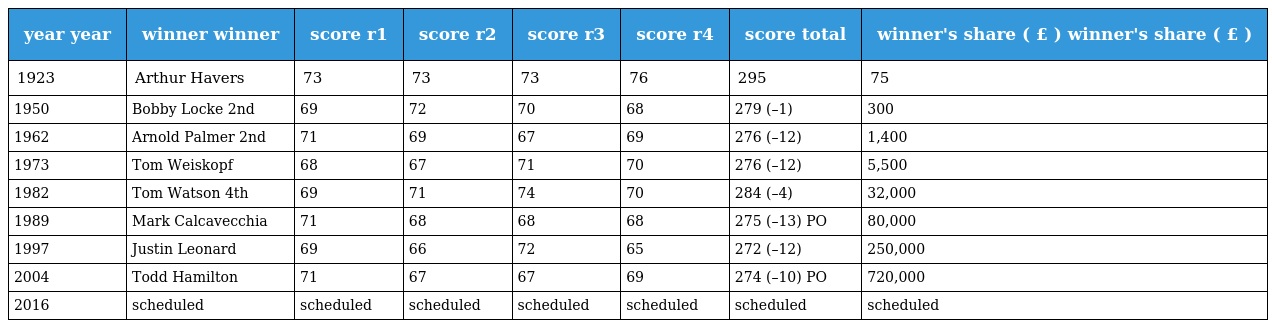
| year year | winner winner | score r1 | score r2 | score r3 | score r4 | score total | winner's share ( £ ) winner's share ( £ ) |
 | --- | --- | --- | --- | --- | --- | --- | --- |
 | 1923 | Arthur Havers | 73 | 73 | 73 | 76 | 295 | 75 |
 | 1950 | Bobby Locke 2nd | 69 | 72 | 70 | 68 | 279 (–1) | 300 |
 | 1962 | Arnold Palmer 2nd | 71 | 69 | 67 | 69 | 276 (–12) | 1,400 |
 | 1973 | Tom Weiskopf | 68 | 67 | 71 | 70 | 276 (–12) | 5,500 |
 | 1982 | Tom Watson 4th | 69 | 71 | 74 | 70 | 284 (–4) | 32,000 |
 | 1989 | Mark Calcavecchia | 71 | 68 | 68 | 68 | 275 (–13) PO | 80,000 |
 | 1997 | Justin Leonard | 69 | 66 | 72 | 65 | 272 (–12) | 250,000 |
 | 2004 | Todd Hamilton | 71 | 67 | 67 | 69 | 274 (–10) PO | 720,000 |
 | 2016 | scheduled | scheduled | scheduled | scheduled | scheduled | scheduled | scheduled |